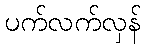
ပက်လက်လှန်